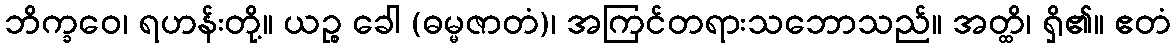
ဘိက္ခဝေ၊ ရဟန်းတို့။ ယဉ္စ ခေါ (ဓမ္မဇာတံ)၊ အကြင်တရားသဘောသည်။ အတ္ထိ၊ ရှိ၏။ ဧတံ